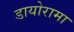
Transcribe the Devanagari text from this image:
डायोरामा